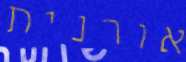
אורנית